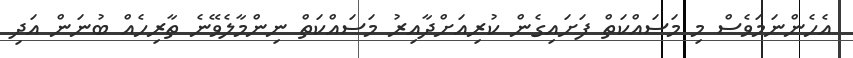
އެހެންނަމަވެސް މި މަސައްކަތް ފަށައިގެން ކުރިއަށްދާއިރު މަސައްކަތް ނިންމާލެވޭނެ ތާރިހެއް ބުނަން އަދި